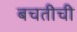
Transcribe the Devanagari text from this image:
बचतीची